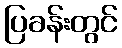
ပြခန်းတွင်